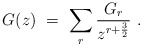
\begin{align*}G(z) \ = \ \sum_r {G_r \over z^{r+{3 \over 2}}} \ . \end{align*}